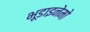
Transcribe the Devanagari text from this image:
भूडाइनेमो